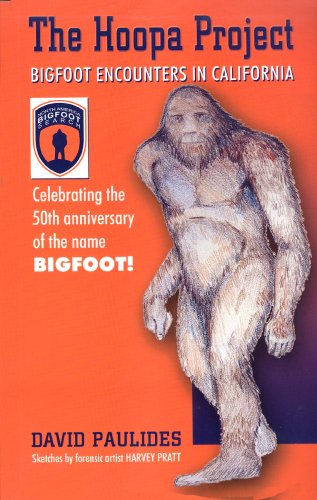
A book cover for The Hoopa Project: Bigfoot Encounters in California; David Paulides; Religion & Spirituality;